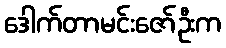
ဒေါက်တာမင်းဇော်ဦးက